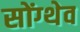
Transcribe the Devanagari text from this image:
सोंग्थेव